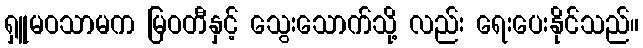
ရှူမဝသာမက မြဝတီနှင့် သွေးသောက်သို့ လည်း ရေးပေးနိုင်သည်။